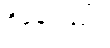
ရှိနေသည်။